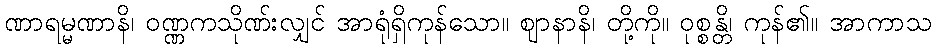
ဏာရမ္မဏာနိ၊ ဝဏ္ဏကသိုဏ်းလျှင် အာရုံရှိကုန်သော။ ဈာနာနိ၊ တို့ကို။ ဝုစ္စန္တိ၊ ကုန်၏။ အာကာသ